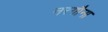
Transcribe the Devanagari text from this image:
नरगौना